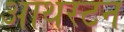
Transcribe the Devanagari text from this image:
आथरटन